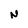
Character: N